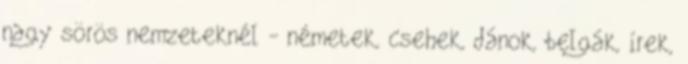
nagy sörös nemzeteknél - németek, csehek, dánok, belgák, írek,